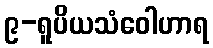
၉-ရူပိယသံဝေါဟာရ